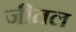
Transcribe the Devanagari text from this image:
जीतल